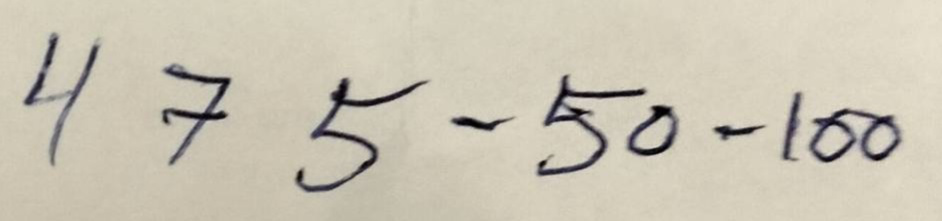
475 - 50 - 100